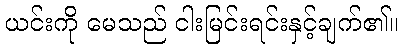
ယင်းကို မေသည် ငါးမြင်းရင်းနှင့်ချက်၏။